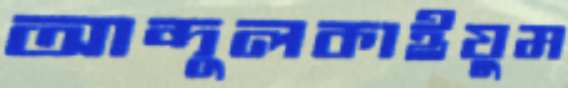
আব্দুলকাইয়ুম